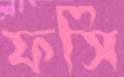
ফসি